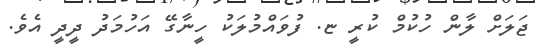
ޖަލަށް ލާން ހުކުމް ކުރީ ޏ. ފުވައްމުލަކު ހީނާގޭ އަހުމަދު ދީދީ އެވެ.